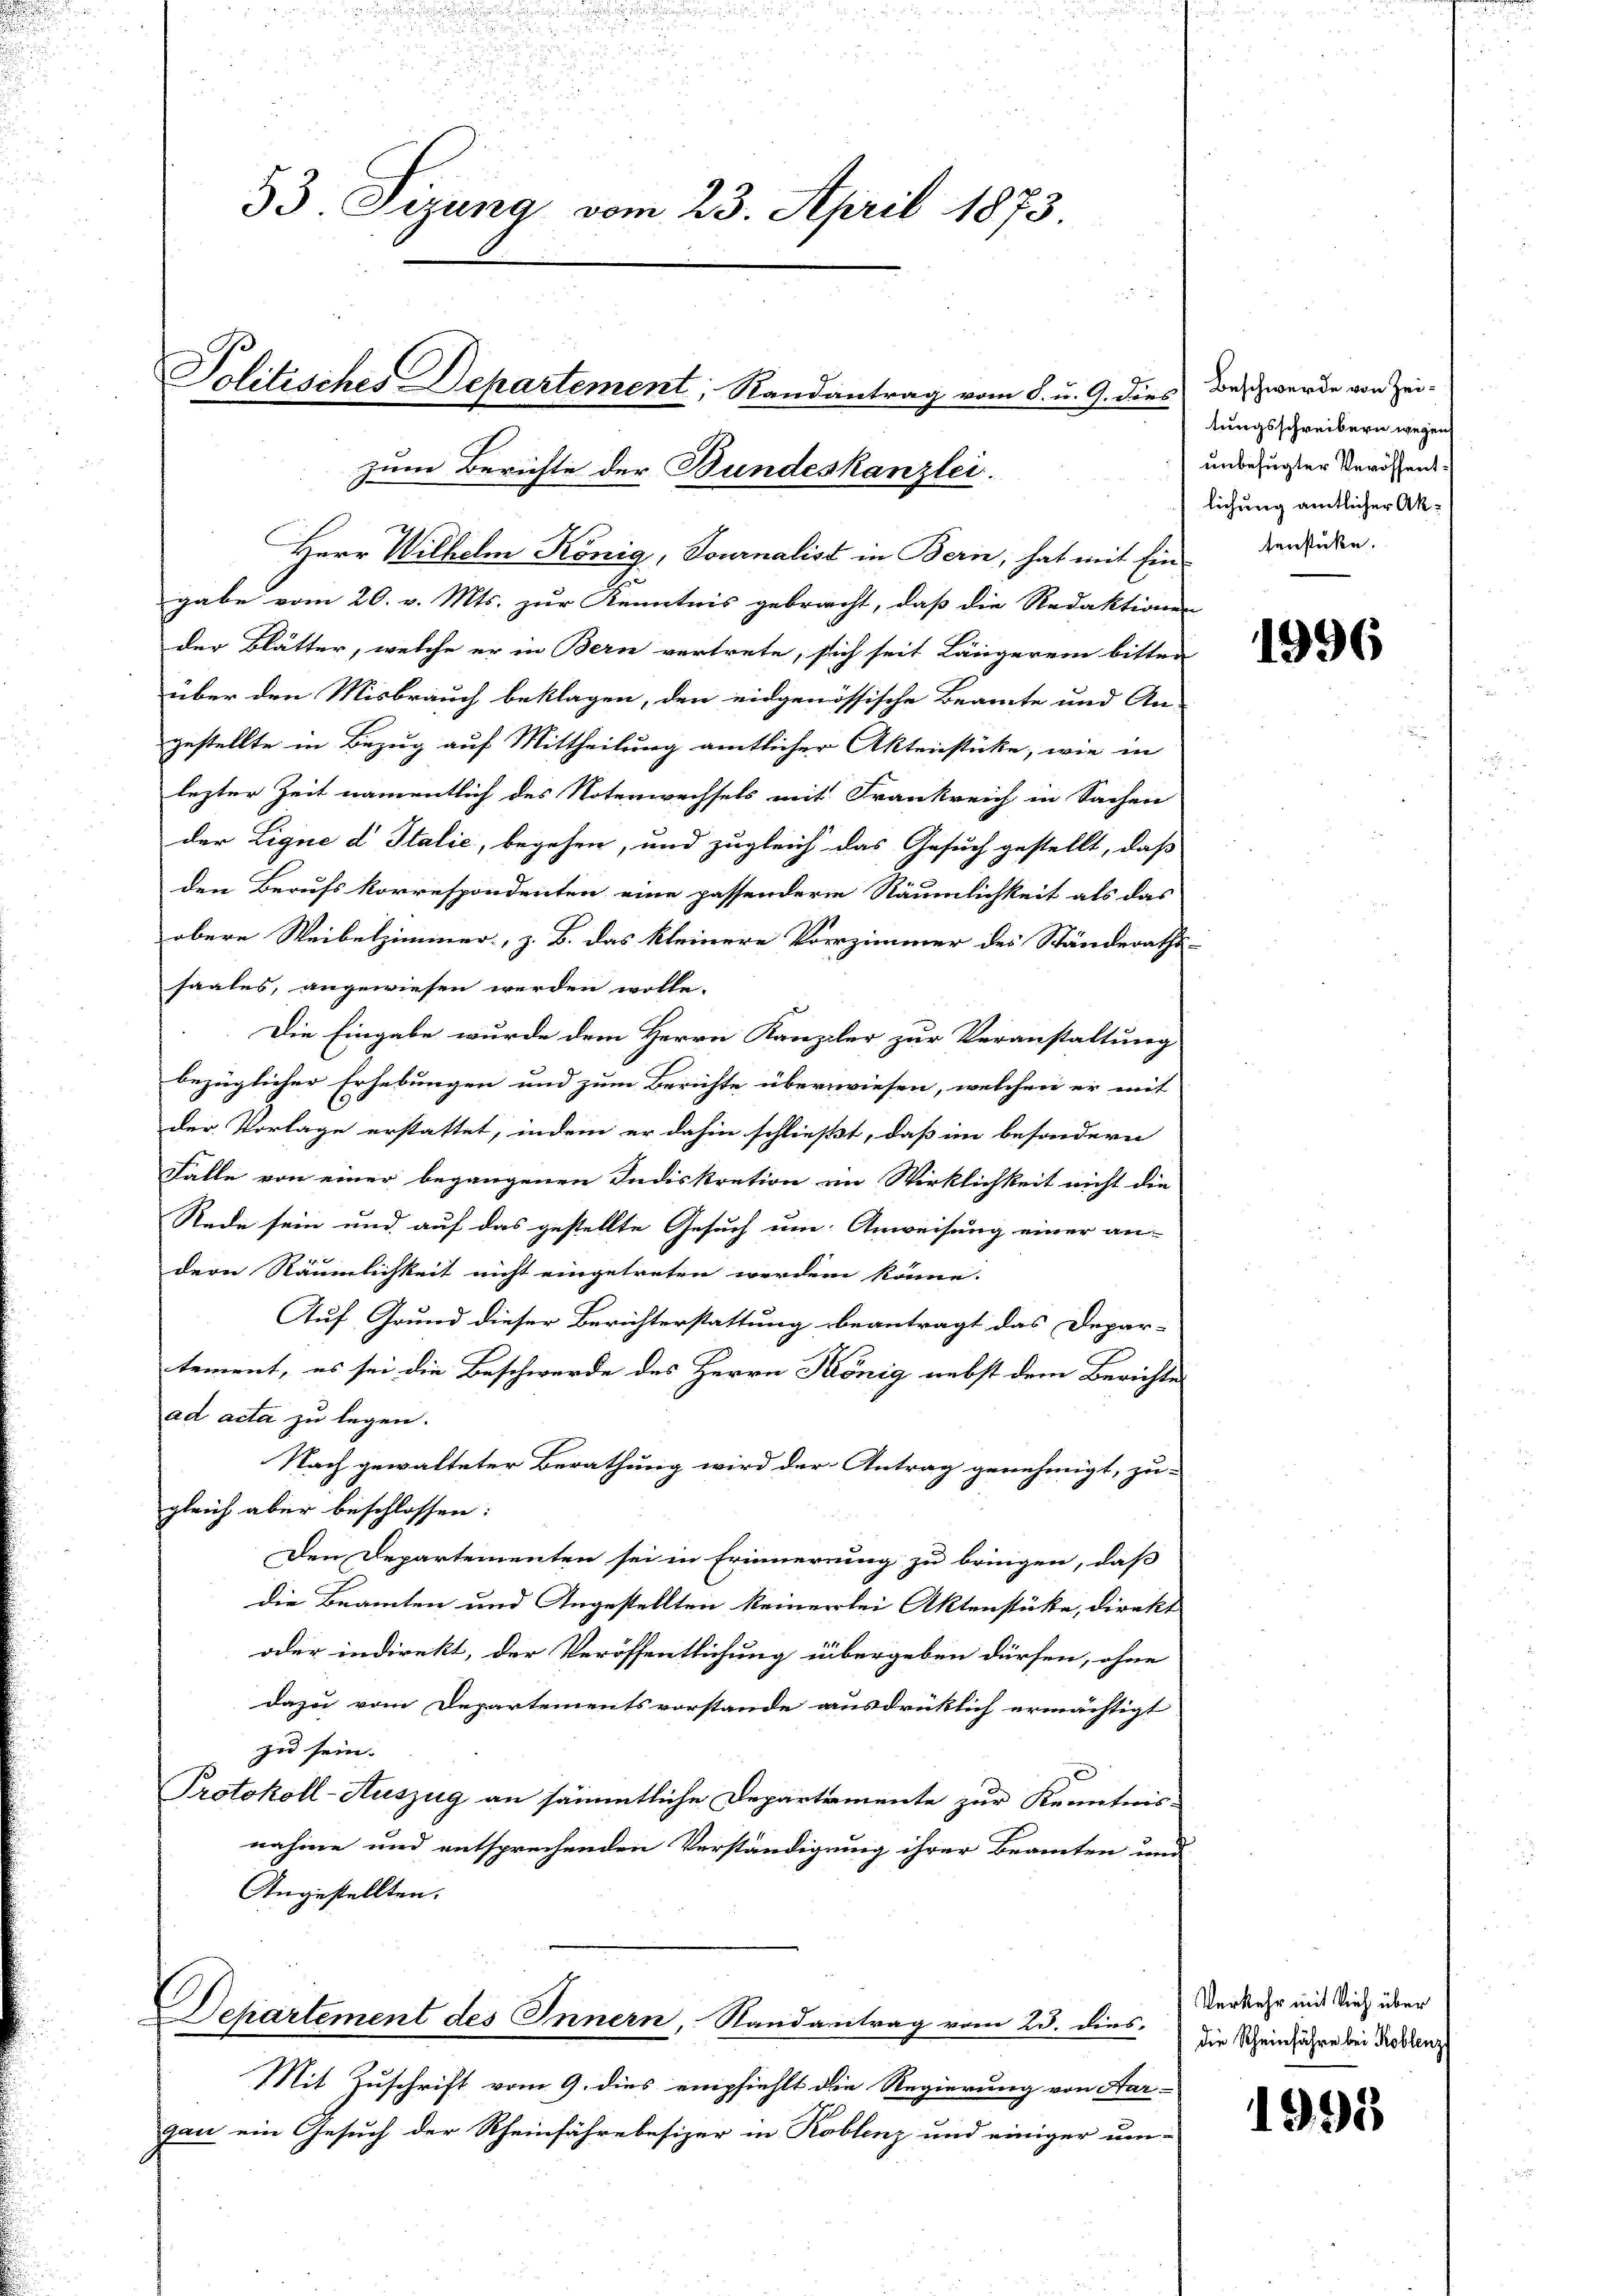
33. Sizung vom 23. April 1873

zum Berichte der Bundeskanzlei.

Herr Wilhelm König, Tournalist in Bern, hat mit Ein-
gabe vom 20. v. Mts. zur Kenntnis gebracht, daß die Redaktionen
der Blätter, welche er in Bern vertrete, sich seit Längerein bitten
über den Misbrauch beklagen, den eidgenössische Beamte und An-
gestellte in Bezug auf Mittheilung amtlicher Aktenstücke, wie in
lezter Zeit namentlich des Notenwechsels mit Frankreich in Sachen
der Lique d Italić, begehen, und zugleich das Gesuch gestellt, daß
den Berufs Korrespondenten eine passendern Räumlichkeit als das
obere Weibelzimmer, z. B. das kleinere Vorzimmer des Ständeraths-
saales, angewiesen werden wolle.
Die Eingabe wurde dem Herrn Kanzler zur Veranstaltung
bezüglicher Erhebungen und zum Berichte überwiesen, welchen er mit
der Vorlage erstattet, indem er dahin schließt, daß im besondern
Falle von einer begangenen Indiskretion im Wirklichkeit nicht die
Rede sein und auf das gestellte Gesuch um Anweisung einer an-
dern Räumlichkeit nicht eingetreten werden könne.
Auf Grund dieser Berichterstattung beantragt das Depar-
tement, es sei die Beschwerde des Herrn König nebst dem Berichte
ad acta zu legen.
Nach gewalteter Berathung wird der Antrag genehmigt, zu-
gleich aber beschlossen:
Den Departementen sei in Erinnerung zu bringen, daß
die Beamten und Angestellten keinerlei Aktenstüke, direkt
oder indirekt, der Veröffentlichung übergeben dürfen, ohne
dazu vom Departementsvorstande ausdrücklich ermächtigt
zu sein.
Protokoll-Auszug an sämmtliche Departamente zur Kenntnis-
nahme und entsprechenden Verständigung ihrer Beamten und
Angestellten.
Departement des Innern, Randantrag vom 23. dies. Die Scheinfachen bei Tröstenz
Mit Zuschrift vom 9. dies empfiehlt die Regierung von Aar-
gau ein Gesuch der Rheinfahre besizer in Roblenz und einiger um-

Politisches Departement, Randantrag vom 8. u. 9. dies

Beschwerde von Zeitungsschreibern wegen
unbefugter Veröffentlichung amtlicher Aktenstücke.

1996

Verkehr mit Vieh über

1995